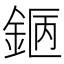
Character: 𨧇